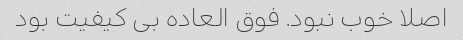
اصلا خوب نبود. فوق العاده بی کیفیت بود